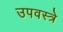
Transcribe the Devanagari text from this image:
उपवस्त्रे